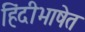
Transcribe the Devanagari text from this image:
हिंदीभाषेत